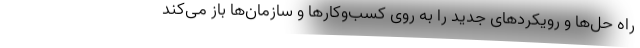
راه حل‌ها و رویکردهای جدید را به روی کسب‌وکارها و سازمان‌ها باز می‌کند